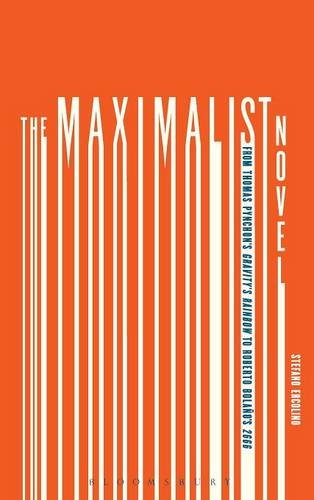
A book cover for The Maximalist Novel: From Thomas Pynchon's Gravity's Rainbow to Roberto Bolano's 2666; Stefano Ercolino; Literature & Fiction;